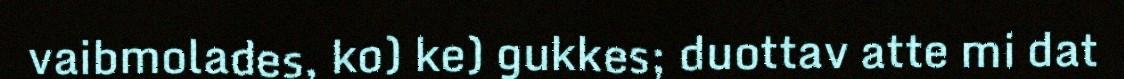
vaibmolades, ko) ke) gukkes; duottav atte mi dat